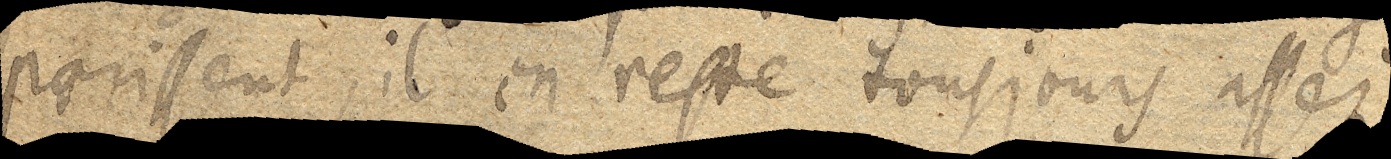
paroissent, il en reste toutjours assez